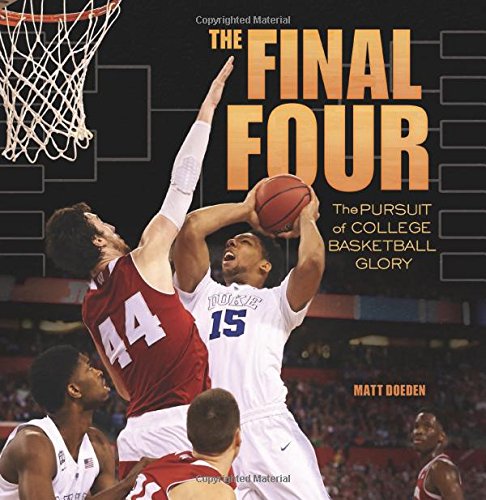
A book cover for The Final Four: The Pursuit of College Basketball Glory (Spectacular Sports); Matt Doeden; Teen & Young Adult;